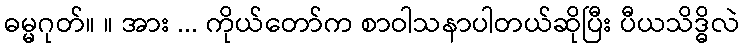
ဓမ္မဂုတ်။ ။ အား ... ကိုယ်တော်က စာဝါသနာပါတယ်ဆိုပြီး ပီယသိဒ္ဓိလဲ